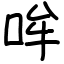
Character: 哞